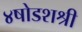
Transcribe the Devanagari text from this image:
४षोडशश्री